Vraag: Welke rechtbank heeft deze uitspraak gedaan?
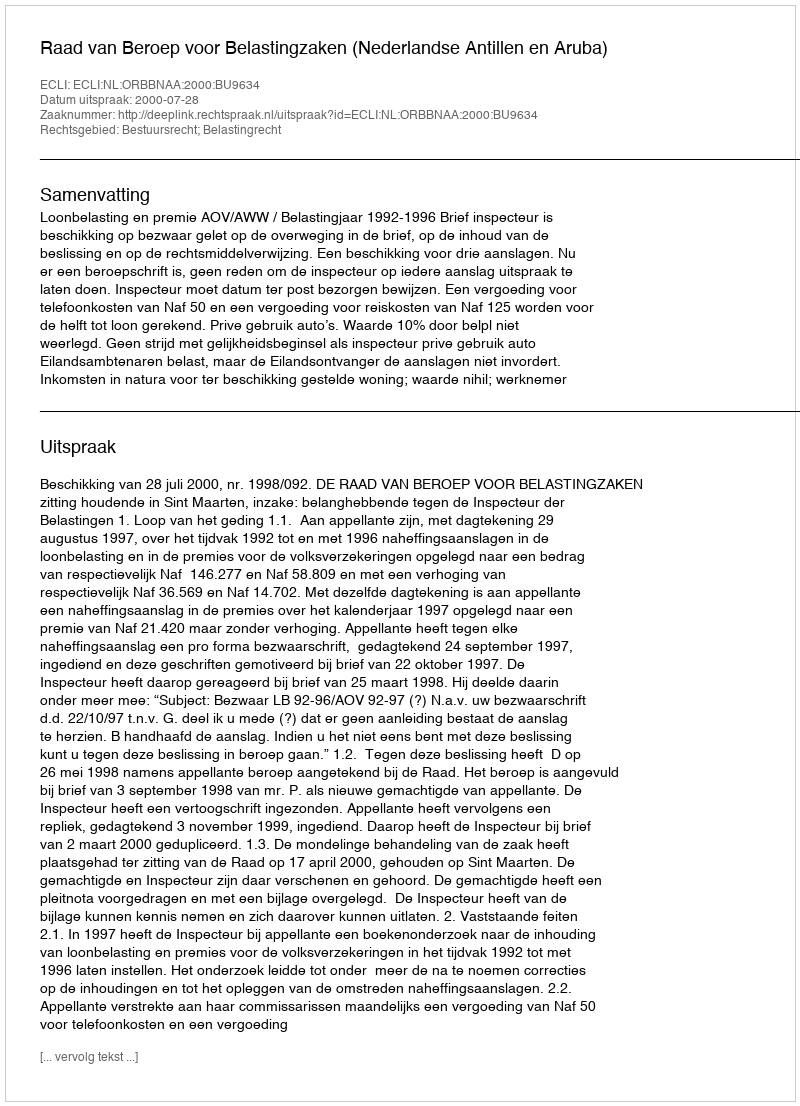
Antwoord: Raad van Beroep voor Belastingzaken (Nederlandse Antillen en Aruba)